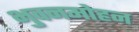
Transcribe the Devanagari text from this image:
भुवनमोहन